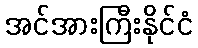
အင်အားကြီးနိုင်ငံ